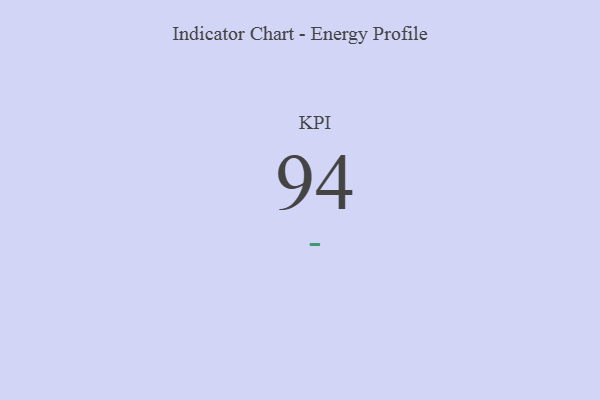
{"axis": {"x": "KPI", "y": "Value"}, "legend": [""], "data": [{"x": "KPI", "y": 94, "type": ""}]}